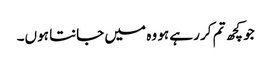
جو کچھ تم کر رہے ہو وہ میں جانتا ہوں۔